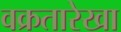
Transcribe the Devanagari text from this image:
वक्रतारेखा